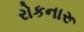
રોકનારૂ